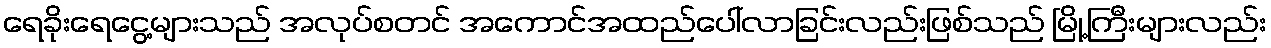
ရေခိုးရေငွေ့များသည် အလုပ်စတင် အကောင်အထည်ပေါ်လာခြင်းလည်းဖြစ်သည် မြို့ကြီးများလည်း